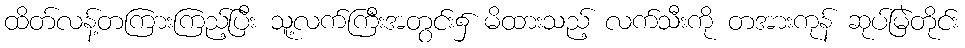
ထိတ်လန့်တကြားကြည့်ပြီး သူ့လက်ကြီးအတွင်း၌ မိထားသည့် လက်သီးကို တအားကုန် ဆုပ်မြဲတိုင်း